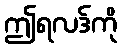
ဤရလဒ်ကို